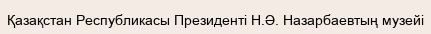
Қазақстан Республикасы Президенті Н.Ә. Назарбаевтың музейі